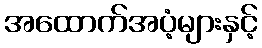
အထောက်အပံ့များနှင့်